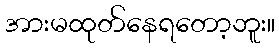
အားမထုတ်နေရတော့ဘူး။